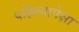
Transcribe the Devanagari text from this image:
पहिल्यापेक्षा